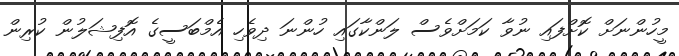
މީހުންނަށް ކޮށްފައި ނުވާ ކަމަށްވެސް ލަންކާގައި ހުންނަ ދިވެހި އެމްބަސީގެ އޮފިޝަލުން ކުރިން